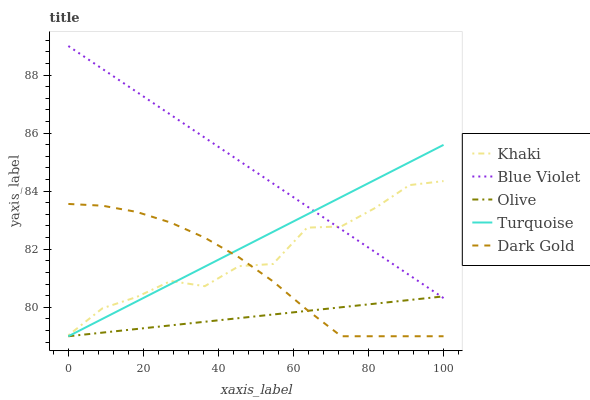
| xaxis_label | Khaki | Blue Violet | Olive | Turquoise | Dark Gold |
 | --- | --- | --- | --- | --- | --- |
 | 0 | 79 | 89 | 79 | 79 | 83.6 |
 | 9.09 | 80 | 88.2 | 79.1 | 79.6 | 83.5 |
 | 18.2 | 80.4 | 87.4 | 79.2 | 80.2 | 83.3 |
 | 27.3 | 80.9 | 86.6 | 79.4 | 80.8 | 82.9 |
 | 36.4 | 80.7 | 85.8 | 79.5 | 81.4 | 82.4 |
 | 45.5 | 81.4 | 85.1 | 79.6 | 82 | 81.7 |
 | 54.5 | 81.5 | 84.3 | 79.7 | 82.6 | 80.9 |
 | 63.6 | 82.7 | 83.5 | 79.9 | 83.2 | 79.9 |
 | 72.7 | 82.8 | 82.7 | 80 | 83.8 | 79 |
 | 81.8 | 83.4 | 81.9 | 80.1 | 84.4 | 79 |
 | 90.9 | 84.2 | 81.1 | 80.2 | 85 | 79 |
 | 100 | 84.3 | 80.3 | 80.4 | 85.6 | 79 |